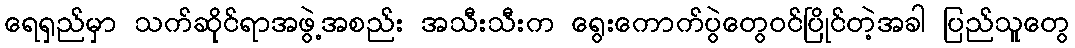
ရေရှည်မှာ သက်ဆိုင်ရာအဖွဲ့အစည်း အသီးသီးက ရွေးကောက်ပွဲတွေဝင်ပြိုင်တဲ့အခါ ပြည်သူတွေ